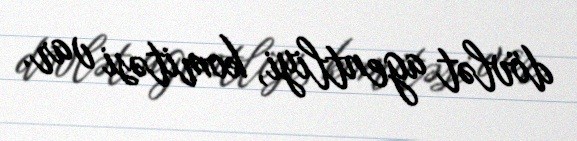
dövlət agentliyi, komitəsi var.